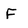
Character: F